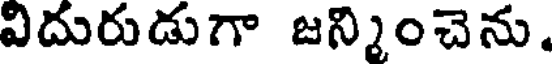
విదురుడుగా జన్మించెను.